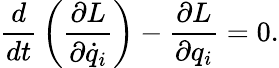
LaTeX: {\frac{d}{dt}}\left({\frac{\partial L}{\partial{\dot{q}}_{i}}}\right)-{\frac{\partial L}{\partial q_{i}}}=0.